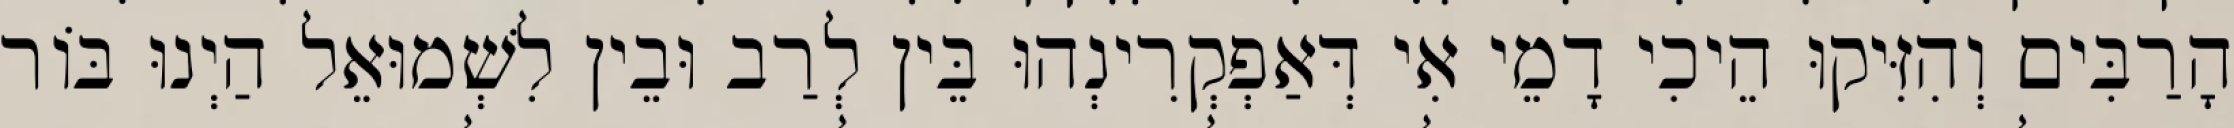
הָרַבִּים וְהִזִּיקוּ הֵיכִי דָמֵי אִי דְּאַפְקְרִינְהוּ בֵּין לְרַב וּבֵין לִשְׁמוּאֵל הַיְנוּ בּוֹר